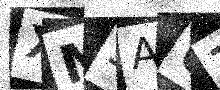
Text: XM3AU7